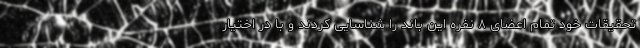
تحقیقات خود تمام اعضای ۸ نفره این باند را شناسایی کردند و با در اختیار